Annual administration report of the Civil Veterinary Department of India - 1893-1894
Year: 1893
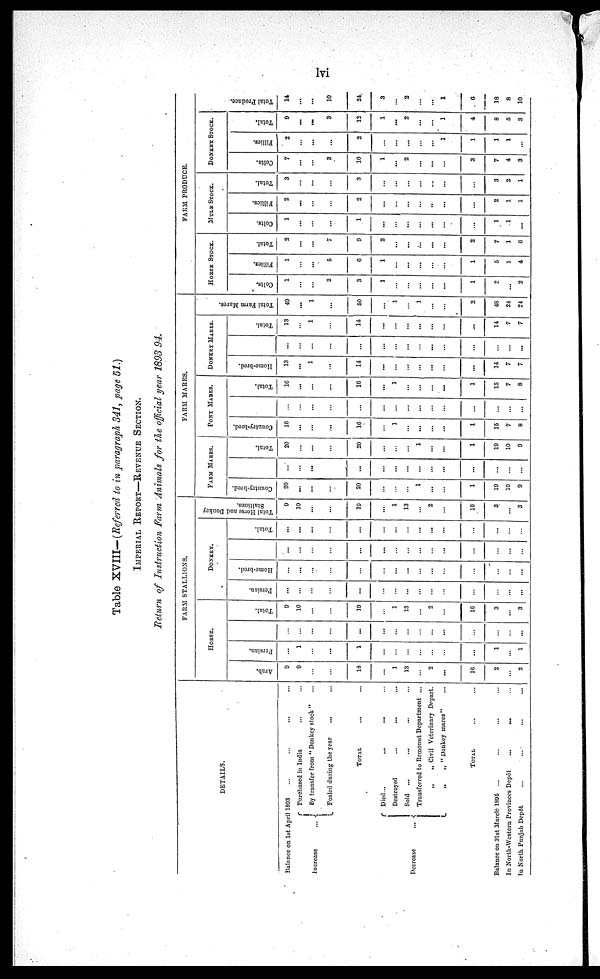
lvi
Table XVIII—(Referred to in paragraph 341, page 51.)
IMPERIAL REPORT —REVENUE SECTION.
Return of Instruction Farm Animals for the official year 1893 94.
DETAILS.
Balance on 1st Apri l 1893 ... ... ... ...
Increase ...
Purchased in India ... ...
By transfer from "Donkey stock" ...
Foaled during the year ... ...
TOTAL ...
Decrease
...
Died ... ... ... ...
Destroyed ... ... ...
Sold ... ... ... ...
Transferred to Remount Department ...
„ „ Civil Veterinary Depart.
„
„ "Donkey mares" ...
TOTAL ...
Balance on 31st March 1894 ... ... ... ...
In North-Western Provinces Depôt
...
...
...
In North Punjab Depôt ... ... ... ...
FARM STALLIONS.
HORSE.
Arab.
9
9
...
...
18
...
1
13
2
...
16
2
...
2
Persian.
...
1
...
...
1
...
...
...
...
...
...
...
1
...
1
...
...
...
...
...
...
...
...
...
...
...
...
...
...
...
Total.
9
10
...
...
19
...
1
13
2
16
3
...
3
DONKEY.
Persian.
...
...
...
...
...
...
...
...
...
...
...
...
...
...
...
Home-bred.
...
...
...
...
...
...
...
...
...
...
...
...
...
...
...
...
...
...
...
...
...
...
...
...
...
...
...
...
...
...
Total.
...
...
...
...
...
...
...
...
...
...
...
...
...
...
Total Horse and Donkey
Stallions.
9
10
...
...
19
...
1
13
...
2
...
16
3
...
3
FARM MARES.
FARM MARES.
Country-bred.
20
...
...
...
20
...
...
...
1
...
1
19
10
9
...
...
...
...
...
...
...
...
...
...
...
...
...
...
...
Total.
20
...
...
...
20
...
...
...
1
...
...
1
19
10
9
PONY
MARES.
Country-bred.
16
...
...
...
16
...
1
...
...
...
...
1
15
7
8
...
...
...
...
...
...
...
...
...
... ...
...
...
...
...
. . .
Total.
16
...
...
...
16
...
1
...
...
...
...
1
15
7
8
DONKEY MARES.
Home-bred.
13
...
1
...
14
...
...
...
...
...
...
...
14
7
7
...
...
...
...
...
...
...
...
...
...
...
...
...
...
...
Total.
13
...
1
...
14
...
...
...
...
...
...
...
14
7
7
Tot al Fa r
m Mar es .
49
...
1
...
50
...
1
...
1
...
...
2
48
24
24
FARM PRODUCE.
HORSE
STOCK.
Colts.
1
...
...
2
3
1
...
...
...
...
...
1
2
...
2
Fillic3.
1
...
...
5
6
1
...
...
...
...
...
1
5
1
4
Total.
2
...
...
7
9
2
...
...
...
...
...
2
7
1
6
MULE STOCK.
Colts.
1
...
...
...
1
...
...
...
...
...
...
...
1
1
...
Fillies.
2
...
...
...
2
...
...
...
...
...
...
...
2
1
1
Total.
3
...
...
...
3
...
...
...
...
...
...
...
3
2
1
DONKEY
STOCK.
Colts.
7
...
...
3
10
1
...
2
...
...
...
3
7
4
3
Fillies.
2
...
...
...
2
...
...
...
...
...
1
1
1
1
...
Total.
9
...
...
3
12
1
...
2
...
...
1
4
8
5
3
Tot al Pr oduce.
14
...
...
10
24
3
...
2
...
...
1
6
18
8
10